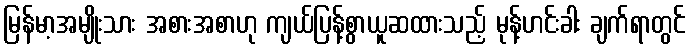
မြန်မာ့အမျိုးသား အစားအစာဟု ကျယ်ပြန့်စွာယူဆထားသည့် မုန့်ဟင်းခါး ချက်ရာတွင်